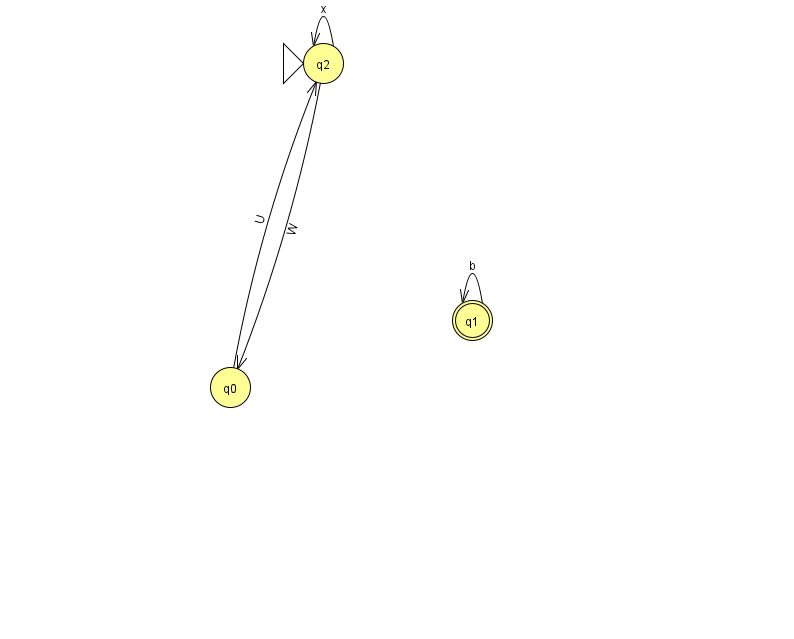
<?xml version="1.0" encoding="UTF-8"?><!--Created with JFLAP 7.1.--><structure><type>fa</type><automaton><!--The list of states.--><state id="0" name="q0"><x>230.0</x><y>374.0</y></state><state id="1" name="q1"><x>472.0</x><y>307.0</y><final/></state><state id="2" name="q2"><x>323.0</x><y>50.0</y><initial/></state><!--The list of transitions.--><transition><from>1</from><to>1</to><read>b</read></transition><transition><from>0</from><to>2</to><read>U</read></transition><transition><from>2</from><to>0</to><read>W</read></transition><transition><from>2</from><to>2</to><read>x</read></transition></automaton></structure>